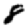
Digit: 8